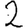
Digit: 2